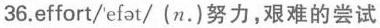
36. effort/ˈefət/ (n.) 努力，艰难的尝试